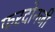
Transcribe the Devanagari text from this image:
फरदोनजी